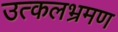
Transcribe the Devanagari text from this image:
उत्कलभ्रमण